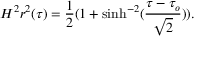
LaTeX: H ^ { 2 } r ^ { 2 } ( \tau ) = \frac { 1 } { 2 } ( 1 + \sinh ^ { - 2 } ( \frac { \tau - \tau _ { o } } { \sqrt { 2 } } ) ) .